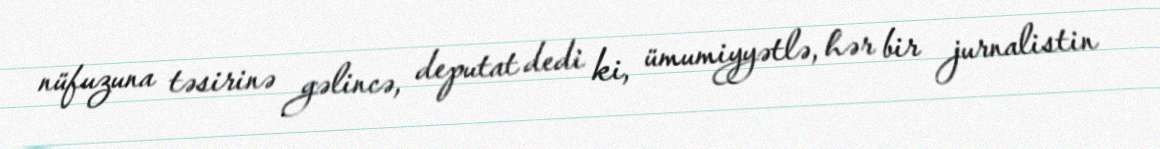
nüfuzuna təsirinə gəlincə, deputat dedi ki, ümumiyyətlə, hər bir jurnalistin